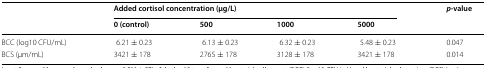
| <ROWSPAN=2>  | <COLSPAN=4> Added cortisol concentration (μg/L) | <ROWSPAN=2> p-value |
 | 0 (control) | 500 | 1000 | 5000 |
 | --- | --- | --- | --- | --- | --- |
 | BCC (log10 CFU/mL) | 6.21 ± 0.23 | 6.13 ± 0.23 | 6.32 ± 0.23 | 5.48 ± 0.23 | 0.047 |
 | BCS (μm/mL) | 3421 ± 178 | 2765 ± 178 | 3128 ± 178 | 3421 ± 178 | 0.014 |